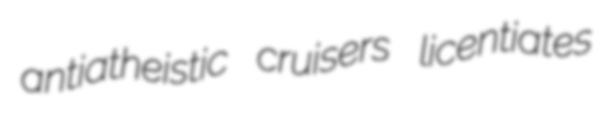
antiatheistic cruisers licentiates